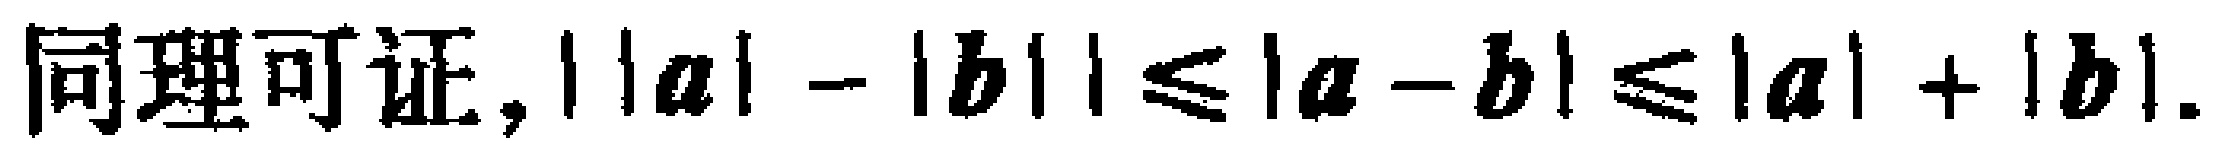
同理可证, $||a|-|b||\leq|a - b|\leq|a|+|b|$.